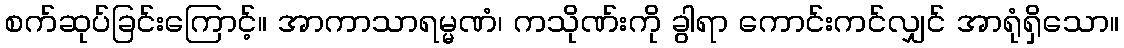
စက်ဆုပ်ခြင်းကြောင့်။ အာကာသာရမ္မဏံ၊ ကသိုဏ်းကို ခွါရာ ကောင်းကင်လျှင် အာရုံရှိသော။